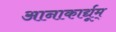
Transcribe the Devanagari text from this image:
आनाकार्द्यूम्